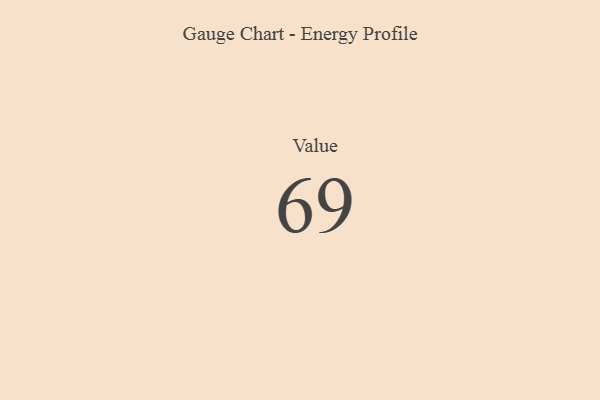
{"axis": {"x": "Metric", "y": "Value"}, "legend": [""], "data": [{"x": "Value", "y": 69, "type": ""}]}